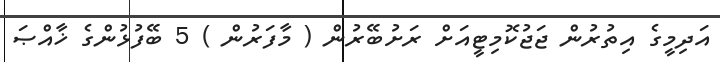
އަދިމީގެ އިތުރުން ޖަޖުކޮމިޓީއަށް ރަށުބޭރުން ( މާފަރުން ) 5 ބޭފުޅުންގެ ޚާއްޞަ